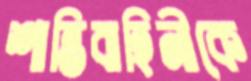
শান্তিবাহিনীকে